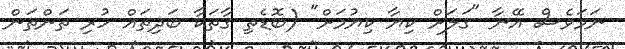
ނަމަވެސް އޭނާ "ގަލަށް ކިޔާ ކިޔުމަށް" (ބޮޑެތި ގާތަކާ ބަދިތައް ހުރި ތަންތަން